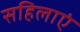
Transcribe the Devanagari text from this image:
सहिलाएं